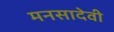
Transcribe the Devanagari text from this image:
मनसादेवी